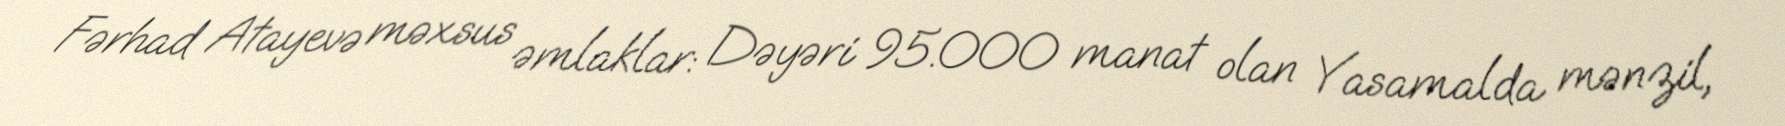
Fərhad Atayevə məxsus əmlaklar: Dəyəri 95.000 manat olan Yasamalda mənzil,